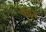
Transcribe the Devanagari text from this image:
फ्य़ूज